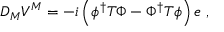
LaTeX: D _ { M } V ^ { M } = - i \left( \phi ^ { \dagger } T \Phi - \Phi ^ { \dagger } T \phi \right) e ~ ,